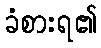
ခံစားရ၏